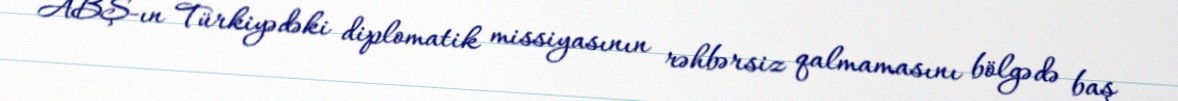
ABŞ-ın Türkiyədəki diplomatik missiyasının rəhbərsiz qalmamasını bölgədə baş